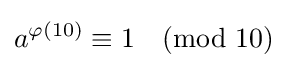
{a^{\varphi (10)}}\equiv 1{\pmod {10}}